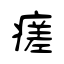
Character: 瘥